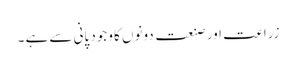
زراعت اور صنعت دونوں کا وجود پانی سے ہے ۔